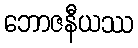
ဘောဇနီယဿ